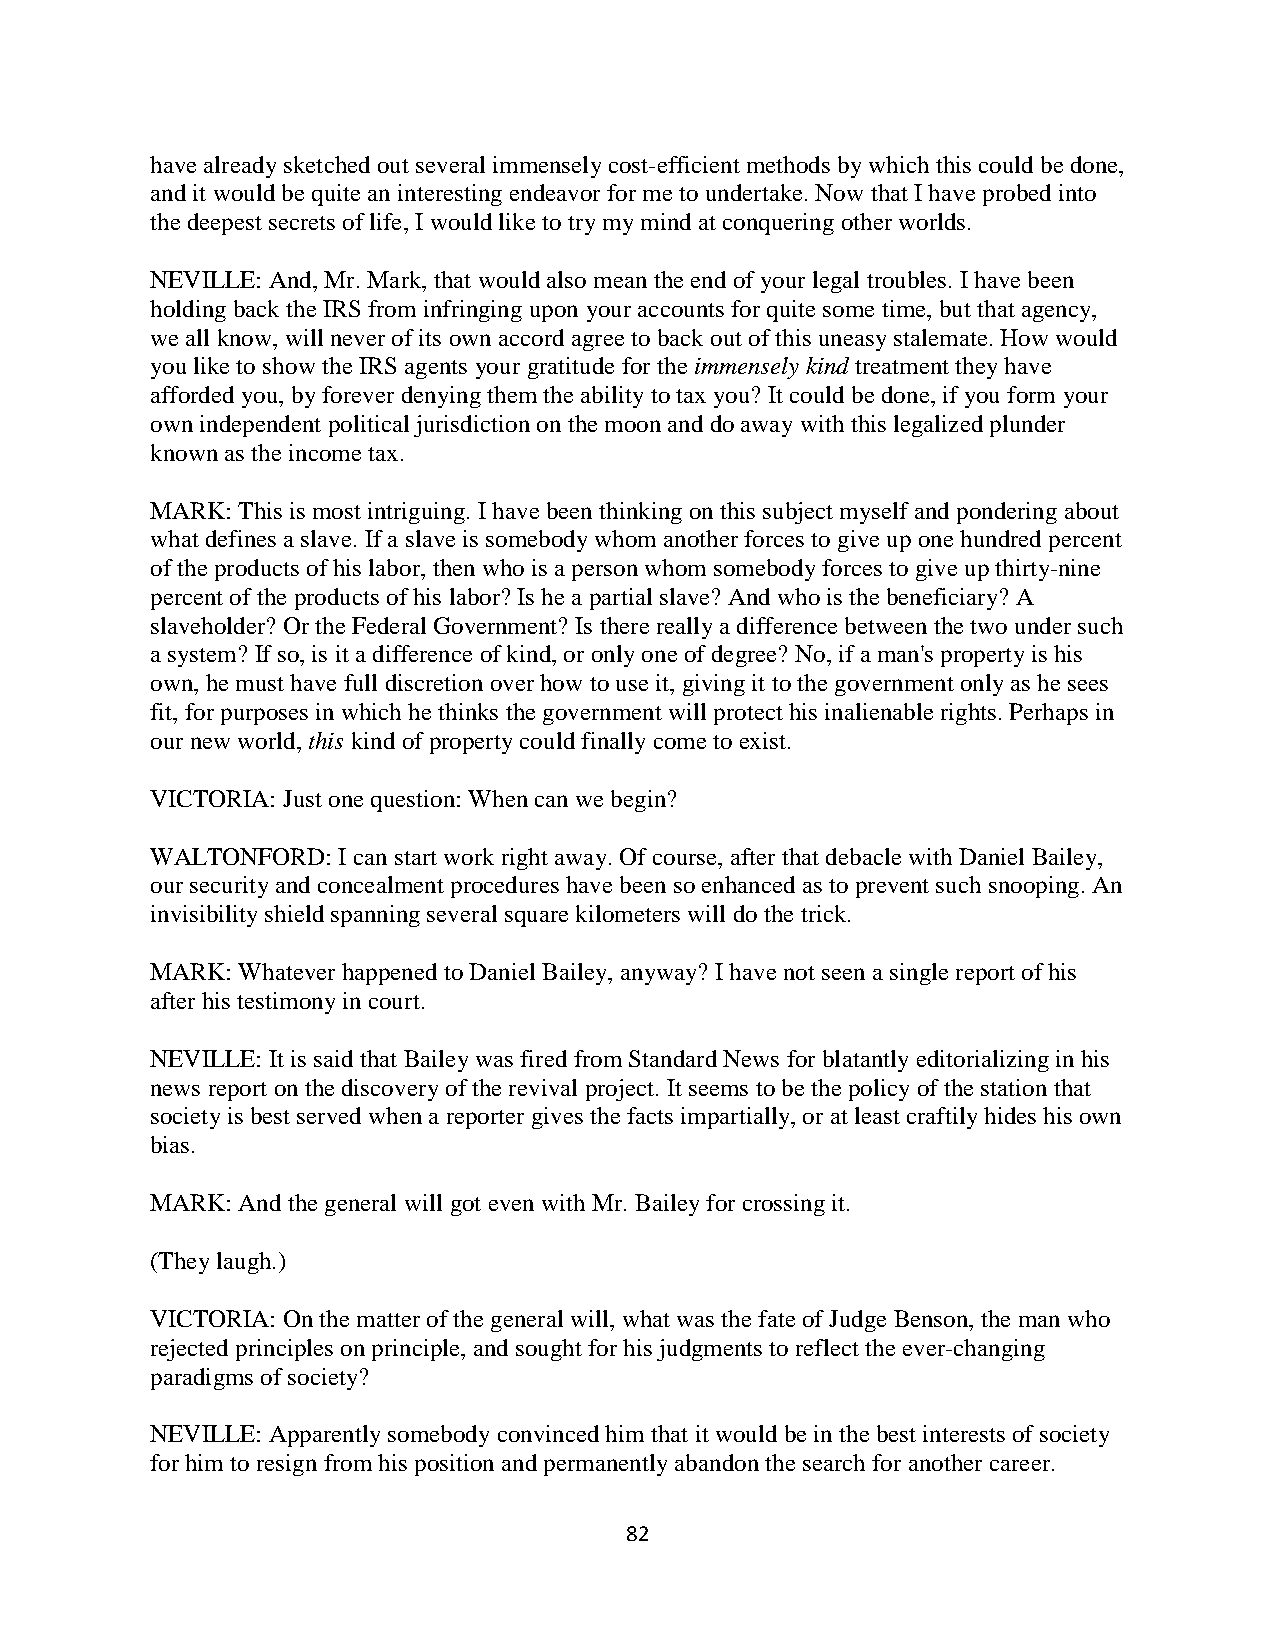
have already sketched out several immensely cost-efficient methods by which this could be done,
 and it would be quite an interesting endeavor for me to undertake. Now that I have probed into
 the deepest secrets of life, I would like to try my mind at conquering other worlds.
 NEVILLE: And, Mr. Mark, that would also mean the end of your legal troubles. I have been
 holding back the IRS from infringing upon your accounts for quite some time, but that agency,
 we all know, will never of its own accord agree to back out of this uneasy stalemate. How would
 you like to show the IRS agents your gratitude for the immensely kind treatment they have
 afforded you, by forever denying them the ability to tax you? It could be done, if you form your
 own independent political jurisdiction on the moon and do away with this legalized plunder
 known as the income tax.
 MARK: This is most intriguing. I have been thinking on this subject myself and pondering about
 what defines a slave. If a slave is somebody whom another forces to give up one hundred percent
 of the products of his labor, then who is a person whom somebody forces to give up thirty-nine
 percent of the products of his labor? Is he a partial slave? And who is the beneficiary? A
 slaveholder? Or the Federal Government? Is there really a difference between the two under such
 a system? If so, is it a difference of kind, or only one of degree? No, if a man's property is his
 own, he must have full discretion over how to use it, giving it to the government only as he sees
 fit, for purposes in which he thinks the government will protect his inalienable rights. Perhaps in
 our new world, this kind of property could finally come to exist.
 VICTORIA: Just one question: When can we begin?
 WALTONFORD: I can start work right away. Of course, after that debacle with Daniel Bailey,
 our security and concealment procedures have been so enhanced as to prevent such snooping. An
 invisibility shield spanning several square kilometers will do the trick.
 MARK: Whatever happened to Daniel Bailey, anyway? I have not seen a single report of his
 after his testimony in court.
 NEVILLE: It is said that Bailey was fired from Standard News for blatantly editorializing in his
 news report on the discovery of the revival project. It seems to be the policy of the station that
 society is best served when a reporter gives the facts impartially, or at least craftily hides his own
 bias.
 MARK: And the general will got even with Mr. Bailey for crossing it.
 (They laugh.)
 VICTORIA: On the matter of the general will, what was the fate of Judge Benson, the man who
 rejected principles on principle, and sought for his judgments to reflect the ever-changing
 paradigms of society?
 NEVILLE: Apparently somebody convinced him that it would be in the best interests of society
 for him to resign from his position and permanently abandon the search for another career.
 82